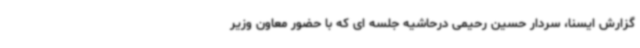
گزارش ایسنا، سردار حسین رحیمی درحاشیه جلسه‌ ای که با حضور معاون وزیر